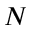
N